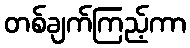
တစ်ချက်ကြည့်ကာ